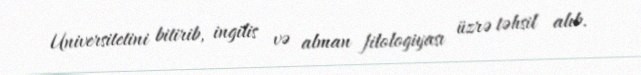
Universitetini bitirib, ingilis və alman filologiyası üzrə təhsil alıb.